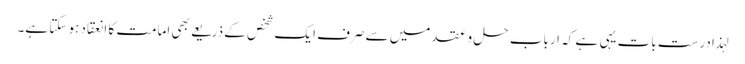
لہذا درست بات یہی ہے کہ ارباب حل و عقد میں سے صرف ایک شخص کے ذریعے بھی امامت کا انعقاد ہو سکتا ہے۔